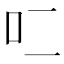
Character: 𰇇